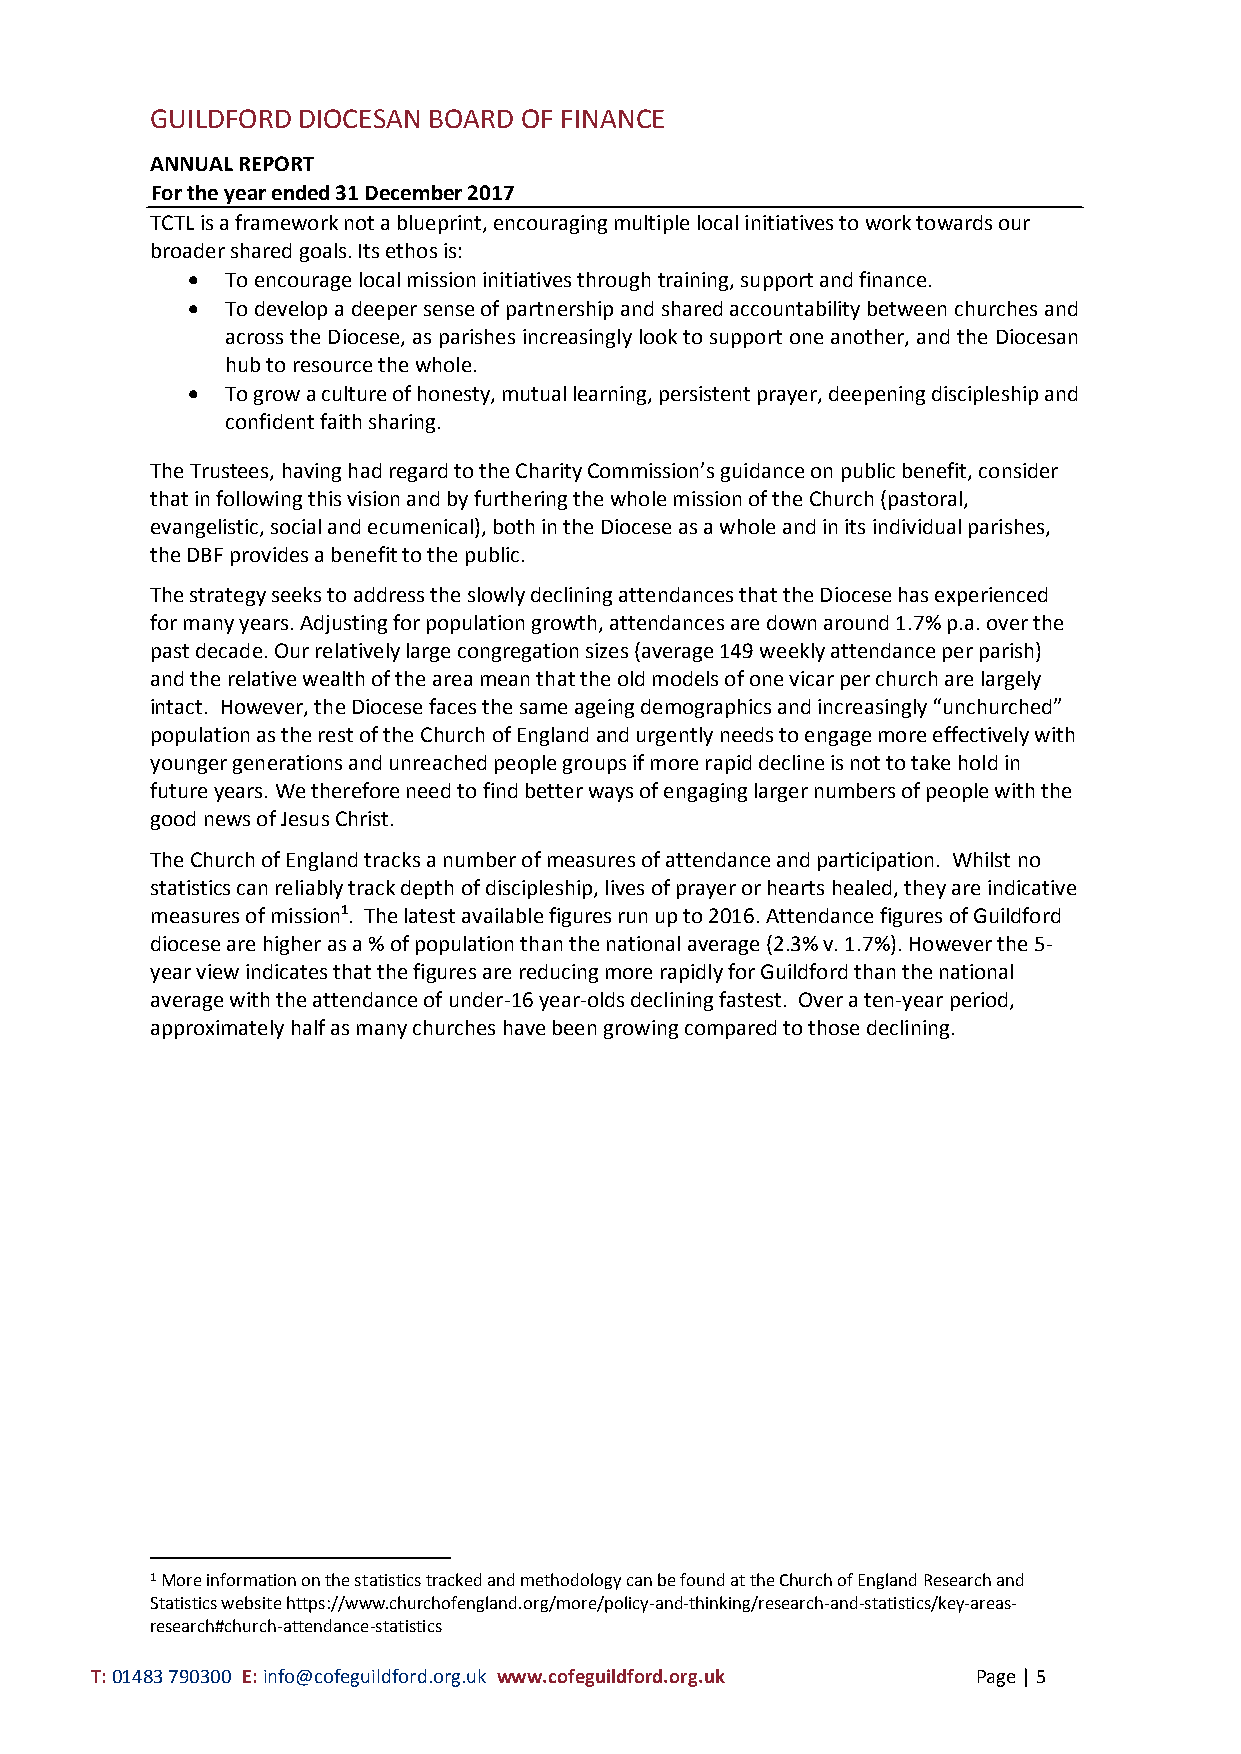
GUILDFORD DIOCESAN BOARD OF FINANCE
 ANNUAL REPORT
 For the year ended 31 December 2017
 TCTL is a framework not a blueprint, encouraging multiple local initiatives to work towards our
 broader shared goals. Its ethos is:
   To encourage local mission initiatives through training, support and finance.
   To develop a deeper sense of partnership and shared accountability between churches and
 across the Diocese, as parishes increasingly look to support one another, and the Diocesan
 hub to resource the whole.
   To grow a culture of honesty, mutual learning, persistent prayer, deepening discipleship and
 confident faith sharing.
 The Trustees, having had regard to the Charity Commission’s guidance on public benefit, consider
 that in following this vision and by furthering the whole mission of the Church (pastoral,
 evangelistic, social and ecumenical), both in the Diocese as a whole and in its individual parishes,
 the DBF provides a benefit to the public.
 The strategy seeks to address the slowly declining attendances that the Diocese has experienced
 for many years. Adjusting for population growth, attendances are down around 1.7% p.a. over the
 past decade. Our relatively large congregation sizes (average 149 weekly attendance per parish)
 and the relative wealth of the area mean that the old models of one vicar per church are largely
 intact. However, the Diocese faces the same ageing demographics and increasingly “unchurched”
 population as the rest of the Church of England and urgently needs to engage more effectively with
 younger generations and unreached people groups if more rapid decline is not to take hold in
 future years. We therefore need to find better ways of engaging larger numbers of people with the
 good news of Jesus Christ.
 The Church of England tracks a number of measures of attendance and participation. Whilst no
 statistics can reliably track depth of discipleship, lives of prayer or hearts healed, they are indicative
 measures of mission1. The latest available figures run up to 2016. Attendance figures of Guildford
 diocese are higher as a % of population than the national average (2.3% v. 1.7%). However the 5-
 year view indicates that the figures are reducing more rapidly for Guildford than the national
 average with the attendance of under-16 year-olds declining fastest. Over a ten-year period,
 approximately half as many churches have been growing compared to those declining.
 1 More information on the statistics tracked and methodology can be found at the Church of England Research and
 Statistics website https://www.churchofengland.org/more/policy-and-thinking/research-and-statistics/key-areas-
 research#church-attendance-statistics
 T: 01483 790300 E: info@cofeguildford.org.uk www.cofeguildford.org.uk Page | 5